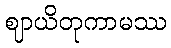
ဈာယိတုကာမဿ